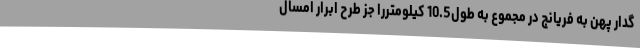
گدار پهن به فریانج در مجموع به طول10.5 کیلومتررا جز طرح ابرار امسال